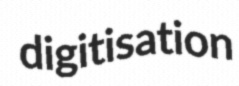
digitisation